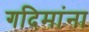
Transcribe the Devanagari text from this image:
गदिमांना